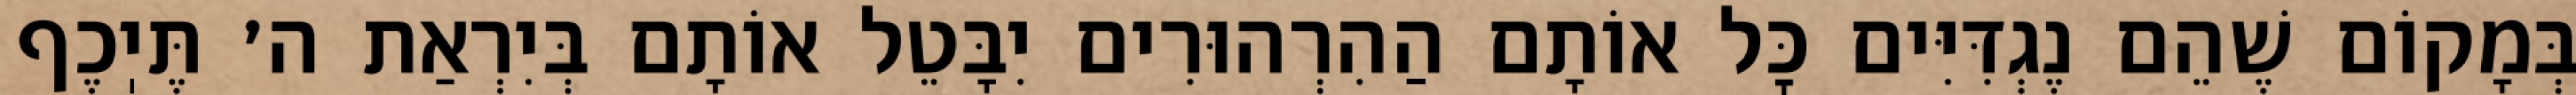
בְּמָקוֹם שֶׁהֵם נֶגְדִּיִּים כׇּל אוֹתָם הַהִרְהוּרִים יִבָּטֵל אוֹתָם בְּיִרְאַת ה׳ תֶּיֽכֶף